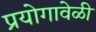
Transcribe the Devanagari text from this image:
प्रयोगावेळी